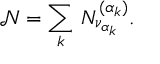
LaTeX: { \mathcal N } = \sum _ { k } \, N _ { \nu _ { \alpha _ { k } } } ^ { ( \alpha _ { k } ) } .